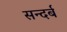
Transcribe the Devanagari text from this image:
सन्दर्ब